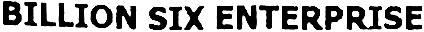
BILLION SIX ENTERPRISE